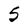
Character: 5